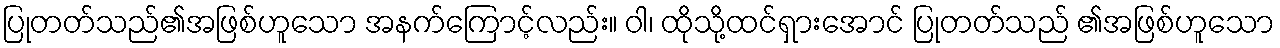
ပြုတတ်သည်၏အဖြစ်ဟူသော အနက်ကြောင့်လည်း။ ဝါ၊ ထိုသို့ထင်ရှားအောင် ပြုတတ်သည် ၏အဖြစ်ဟူသော